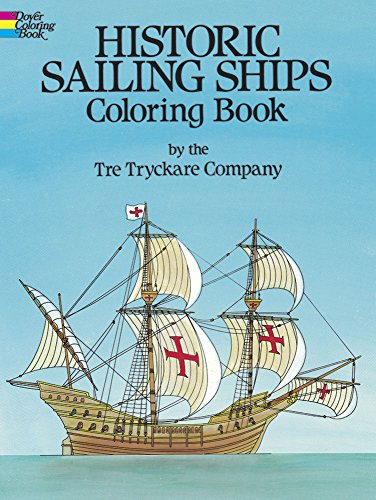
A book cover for Historic Sailing Ships Coloring Book; Tre Tryckare; Children's Books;